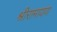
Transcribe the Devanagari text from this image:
श्रीरामायण